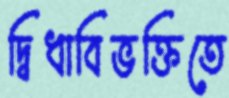
দ্বিধাবিভক্তিতে